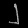
Digit: ၂